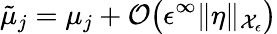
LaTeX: \tilde{\mu}_{j}=\mu_{j}+\mathcal{O}\bigl(\epsilon^{\infty}\| \eta\| _{\mathcal{X}_{\epsilon}}\bigr)